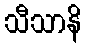
သီသာနိ